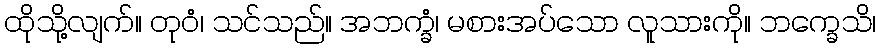
ထိုသို့လျက်။ တုဝံ၊ သင်သည်။ အဘက္ခံ၊ မစားအပ်သော လူသားကို။ ဘက္ခေသိ၊